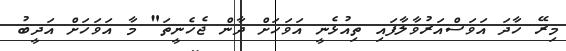
މިރޭ ހާދަ އަވަސްއަރުވާލާފައި ތިއުޅެނީ އަވަހަށް ދާން ޖެހެނީތަ" މާ އަވަހަށް އަދީބު